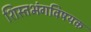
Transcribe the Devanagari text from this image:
शिस्तभंगविषयक